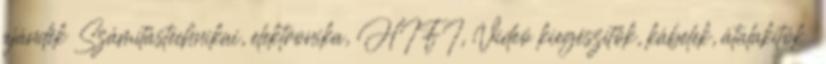
ajándék Számítástechnikai, elektronika, HIFI, Videó kiegészítők, kábelek, átalakítók 